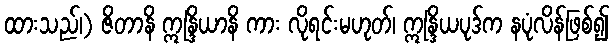
ထားသည်၊) ဇိတာနိ ဣန္ဒြိယာနိ ကား လိုရင်းမဟုတ်၊ ဣန္ဒြိယပုဒ်က နပုံလိန်ဖြစ်၍